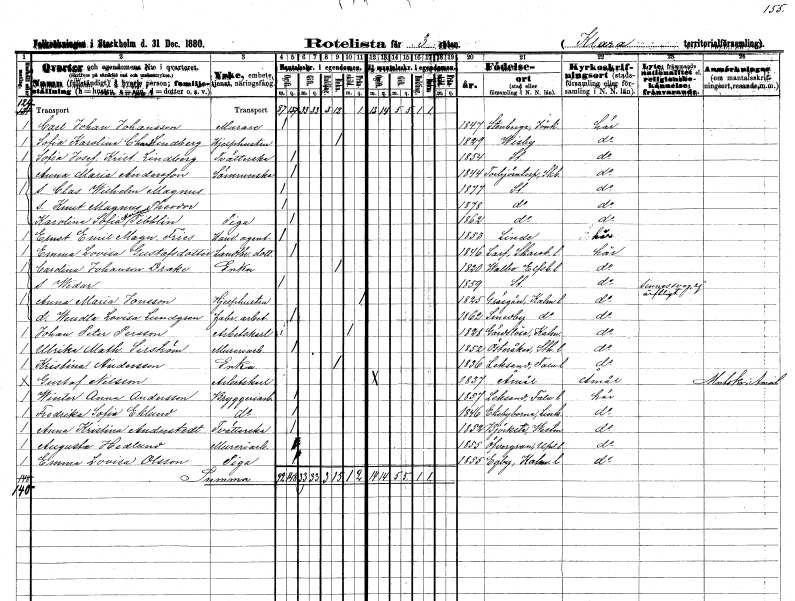
gt_parse: households: individuals: FN: Carl Johan
EN: Johansson
YRKE: Murare
KON: M
CIV: O
FODAR: 1847
FODFORS: Stenberga Jönköpings län
FN: Sofia Karolina Clara
EN: Lindberg
YRKE: Hjälphustru
KON: K
CIV: E
FODAR: 1829
FODFORS: Visby Gotlands län
FN: Sofia Josefina Kristina
EN: Lindberg
YRKE: Tvätterska
KON: K
CIV: O
FODAR: 1854
FODFORS: Stockholm
FN: Anna Maria
EN: Andersson
YRKE: Sömmerska
KON: K
CIV: O
FODAR: 1844
FODFORS: Torbjörntorp Skaraborgs län
FN: Clas Wilhelm Magnus
KON: M
CIV: O
FODAR: 1877
FODFORS: Stockholm
FN: Knut Magnus Theodor
KON: M
CIV: O
FODAR: 1878
FODFORS: Stockholm
FN: Karolina Sofia Marianna
EN: Tibblin
YRKE: Piga
KON: K
CIV: O
FODAR: 1862
FODFORS: Stockholm
FN: Ernst Emil Magnus
EN: Fries
YRKE: Handelsagent
KON: M
CIV: O
FODAR: 1853
FN: Emma Lovisa
EN: Gustafsdotter
YRKE: Lantbrukaredotter
KON: K
CIV: O
FODAR: 1846
FODFORS: Larv Skaraborgs län
FN: Carolina
EN: Johanson Drake
YRKE: Änka
KON: K
CIV: E
FODAR: 1820
FODFORS: Vada Stockholms län
FN: Widar
KON: M
CIV: O
FODAR: 1859
FODFORS: Stockholm
FN: Anna Maria
EN: Jonsson
YRKE: Hjälphustru
KON: K
CIV: X
FODAR: 1825
FODFORS: Gräsgård Kalmar län
FN: Wendla Lovisa
EN: Lundgren
YRKE: Fabriksarbetare
KON: K
CIV: O
FODAR: 1862
FODFORS: Smedby Kalmar län
FN: Johan Peter
EN: Persson
YRKE: Arbetskarl
KON: M
CIV: X
FODAR: 1828
FODFORS: Gärdslösa Kalmar län
FN: Ulrika Mathilda
EN: Sirström
YRKE: Mureriarbetare
KON: K
CIV: O
FODAR: 1852
FODFORS: Österåker Stockholms län
FN: Kristina
EN: Andersson
YRKE: Änka
KON: K
CIV: E
FODAR: 1836
FODFORS: Leksand Kopparbergs län
FN: Gustaf
EN: Nilsson
YRKE: Arbetskarl
KON: M
CIV: O
FODAR: 1837
FODFORS: Åmål Älvsborgs län
FN: Winter Anna
EN: Andersson
YRKE: Bryggeriarbetare
KON: K
CIV: O
FODAR: 1857
FODFORS: Leksand Kopparbergs län
FN: Fredrika Sofia
EN: Eklund
YRKE: Bryggeriarbetare
KON: K
CIV: O
FODAR: 1846
FODFORS: Ekebyborna Östergötlands län
FN: Anna Kristina
EN: Anderstedt
YRKE: Tvätterska
KON: K
CIV: O
FODAR: 1852
FODFORS: Björksta Västmanlands län
FN: Augusta
EN: Hedlund
YRKE: Mureriarbetare
KON: K
CIV: O
FODAR: 1855
FODFORS: Övergran Uppsala län
FN: Emma Lovisa
EN: Olsson
YRKE: Piga
KON: K
CIV: O
FODAR: 1855
FODFORS: Egby Kalmar län